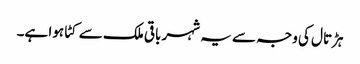
ہڑتال کی وجہ سے یہ شہر باقی ملک سے کٹا ہوا ہے۔